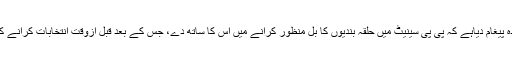
ذرائع کا کہنا ہے کہ ن لیگ نے پیپلز پارٹی کو پس پردہ پیغام دیاہے کہ پی پی سینیٹ میں حلقہ بندیوں کا بل منظور کرانے میں اس کا ساتھ دے، جس کے بعد قبل ازوقت انتخابات کرانے کے معاملے پر لیگی قیادت مذاکرات پر غور کرے گی۔